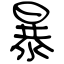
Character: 暴